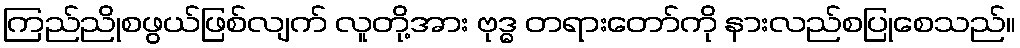
ကြည်ညိုစဖွယ်ဖြစ်လျက် လူတို့အား ဗုဒ္ဓ တရားတော်ကို နားလည်စပြုစေသည်။